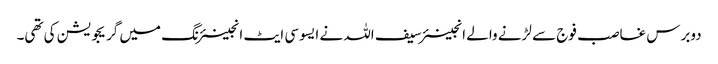
دوبرس غاصب فوج سے لڑنے والے انجینئر سیف اللہ نے ایسوسی ایٹ انجینئرنگ میں گریجویشن کی تھی۔